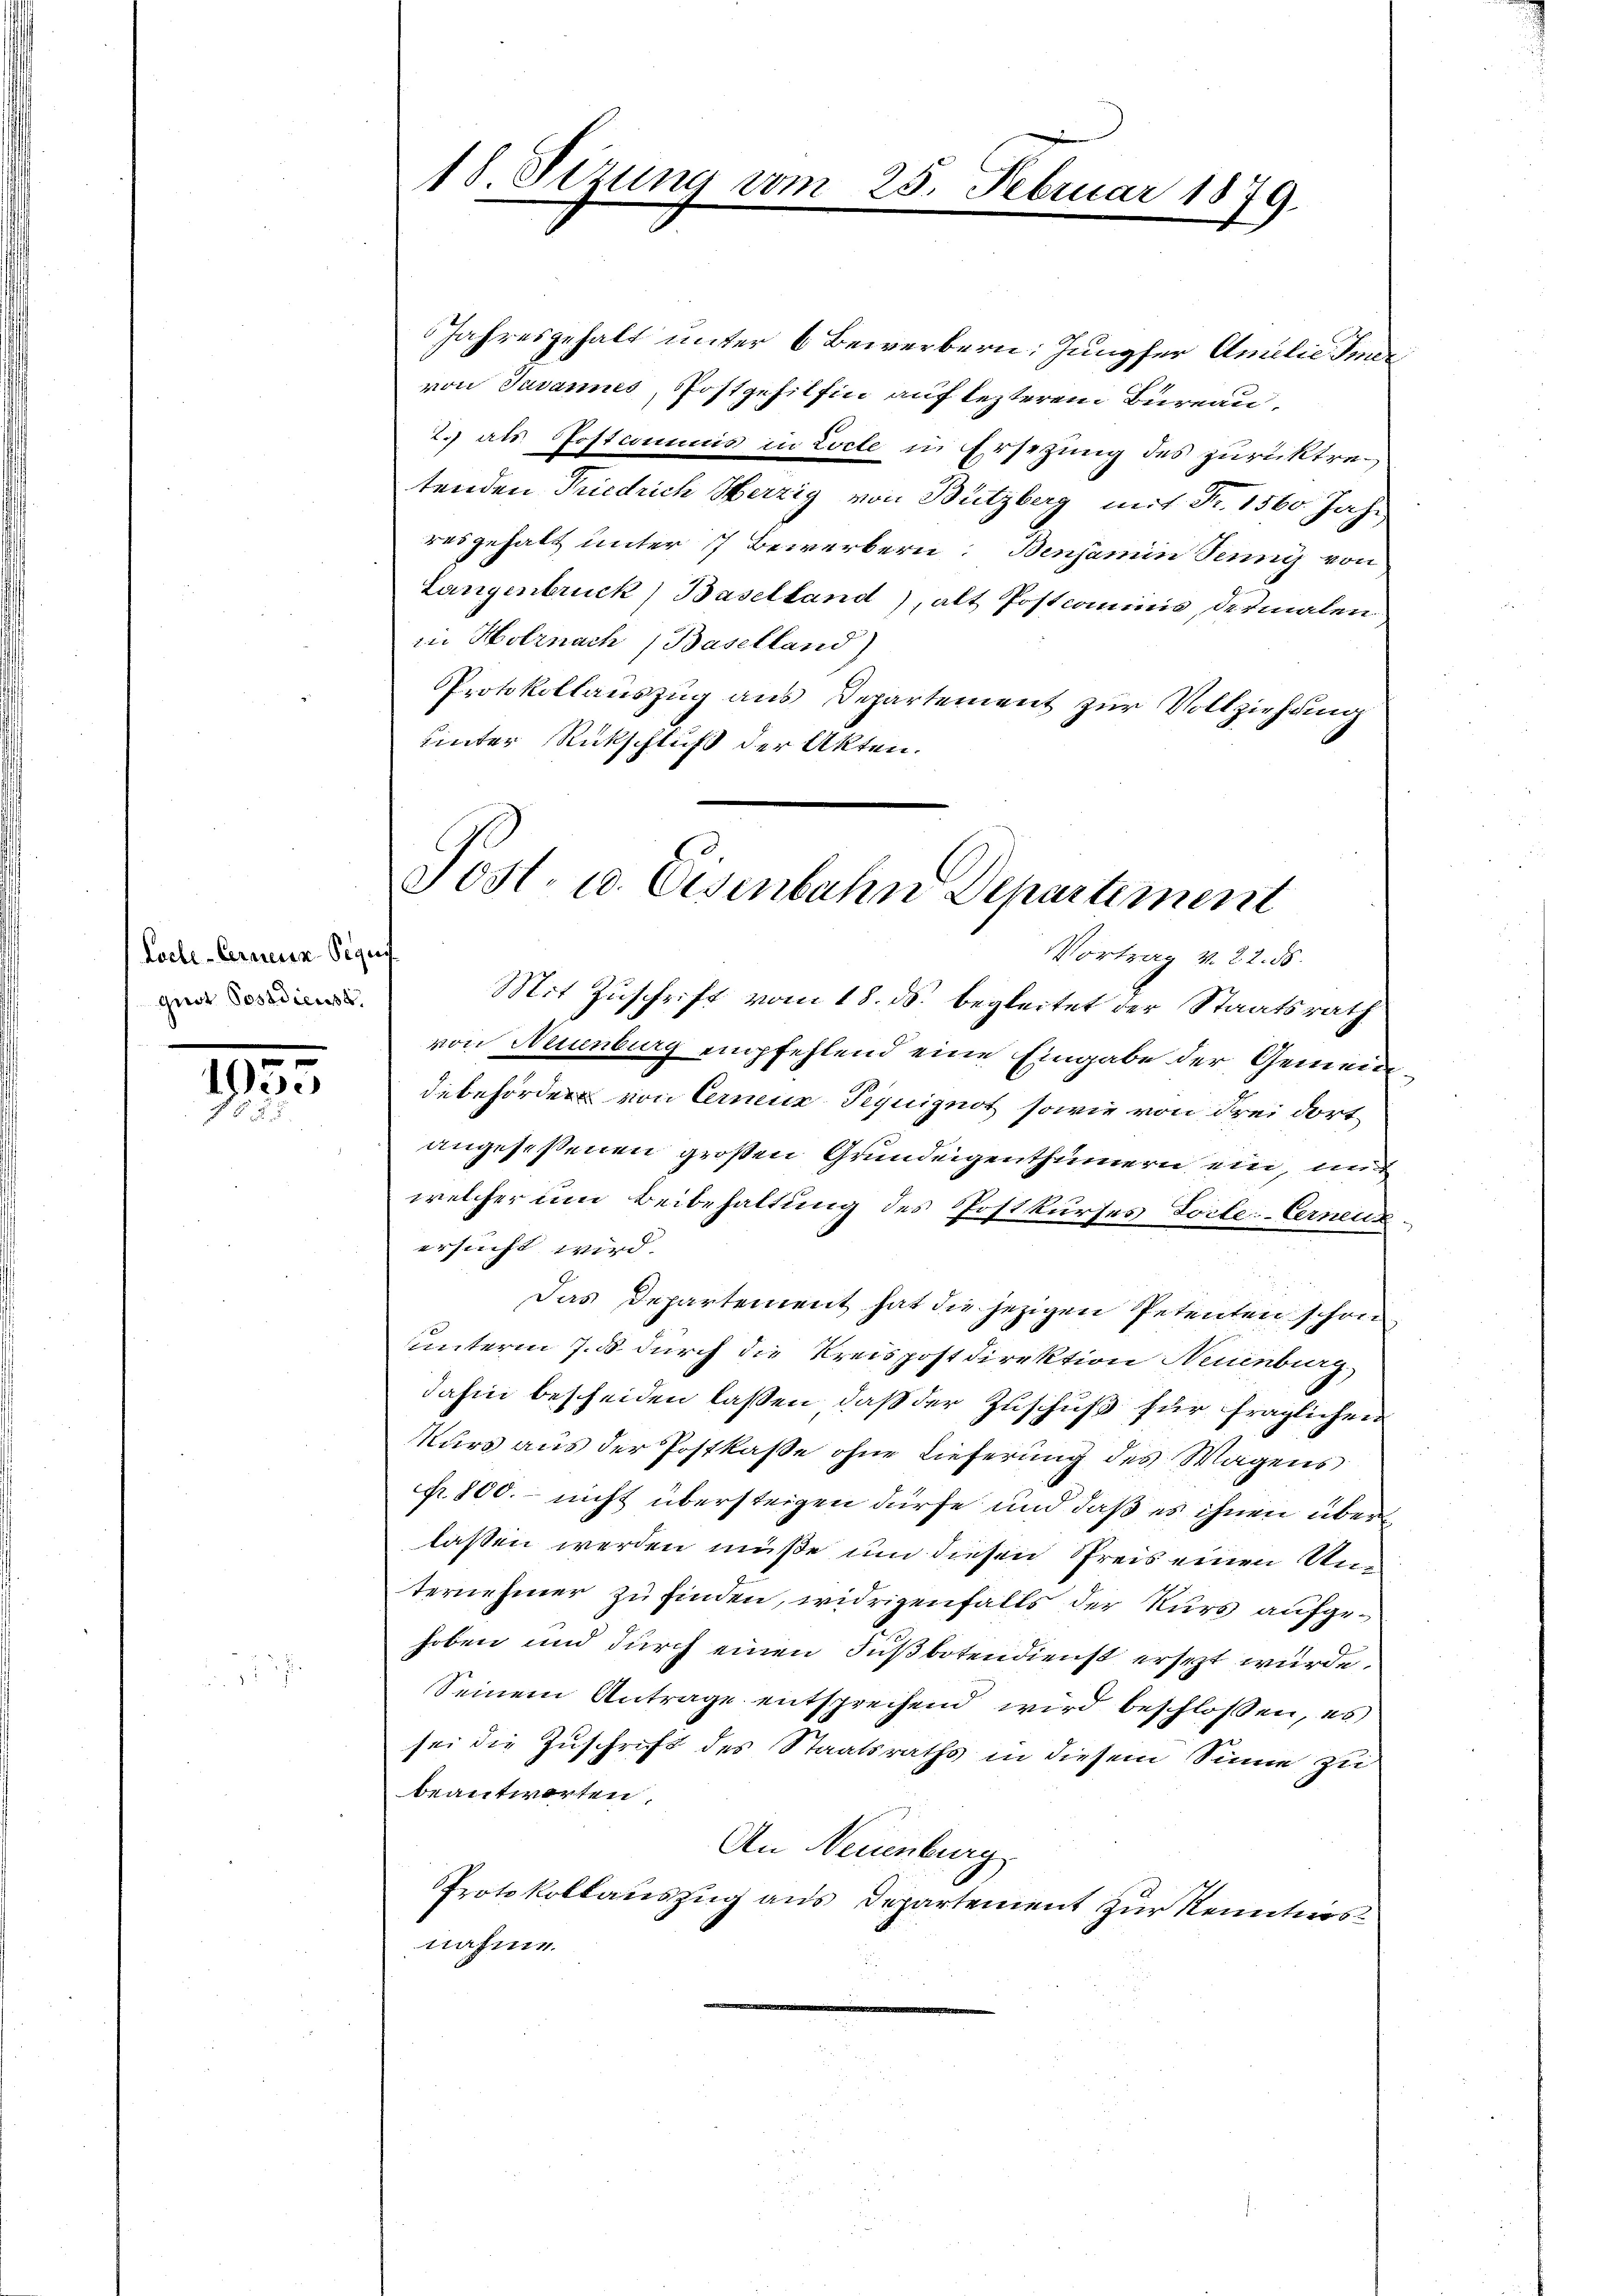
Locle-Carnein Requis
guot Postdienst

t
13

.

18. Sitzung vom 25. Februar 1879.

Jahresgehalt unter 6 Bewerbern. Jungfer Amilie Immer
von Javannes, Postgehilfen auf lezterem Bureau,
2.) als Postcommis in Locle in Ersezung des zurücktretenden Friedrich Herzig von Bützberg mit Fr. 1560. Jahr
resgehalt unter 7 Bewerbern. Benjamin Jenny von
Langenbruck) Baselland), alt Postcommis, dermalen
in Holznach Baselland)
Protokollauszug aus Departement zur Vollziehung
unter Rückschluß der Akten.

Post- u. Eisenbahn Departement
Vortrag v. 22. 55.
Mit Zuschrift vom 18. ds. begleitet der Staatsrath

von Neuenburg empfehlend eine Eingabe der Gemeind
debehörden von Cernuz Tequignot sowie von drei dortangeseßenen großen Grundeigenthümern ein, mit
welcher um Beibehaltung des Postkurses Toile-Erneuzersucht wird.
Das Departement hat die jezigen Petenten schon
unterm 7. ds durch die Kreispostdirektion Neuenburg,
dahin bescheiden lassen, daß der Zuschuß für fraglichen
Kurs aus der Postkaße ohne Lieferung des Wagens
p. 800. - nicht übersteigen dürfe und daß es ihnen überlassen werden müße um diesen Preis einen Unternehmer zu finden, widrigenfalls der Kurs aufgehoben und durch einen Fußbotendienst ersezt würde.
Seinem Antrage entsprechend wird beschlossen, es
sei die Zuschrift des Staatsraths in diesem Sinne zu
beantworten.
An Neuenburg
Protokollauszug aus Departement zur Kenntnisnahme.